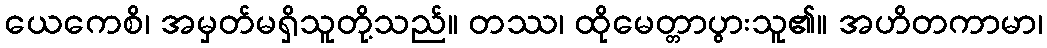
ယေကေစိ၊ အမှတ်မရှိသူတို့သည်။ တဿ၊ ထိုမေတ္တာပွားသူ၏။ အဟိတကာမာ၊